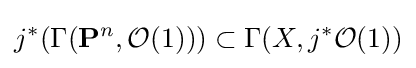
j^{*}(\Gamma (\mathbf {P} ^{n},{\mathcal {O}}(1)))\subset \Gamma (X,j^{*}{\mathcal {O}}(1))